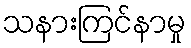
သနားကြင်နာမှု